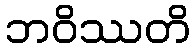
ဘဝိဿတိ